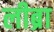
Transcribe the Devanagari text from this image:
लीब्रा